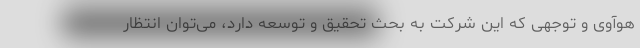
هوآوی و توجهی که این شرکت به بحث تحقیق و توسعه دارد، می‌توان انتظار